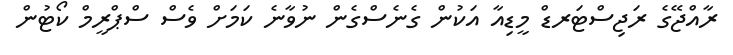
ރާއްޖޭގެ ރަޖިސްޓަރޑް މީޑިއާ އަކުން ގެނެސްގެން ނުވާނެ ކަމަށް ވެސް ސްޕްރީމް ކޯޓުން